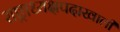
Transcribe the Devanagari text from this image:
राष्ट्राध्यक्षपदाखाली